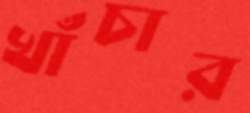
খাঁচার